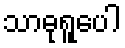
သာဓုရူပေါ